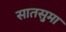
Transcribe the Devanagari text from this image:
सातसुमा